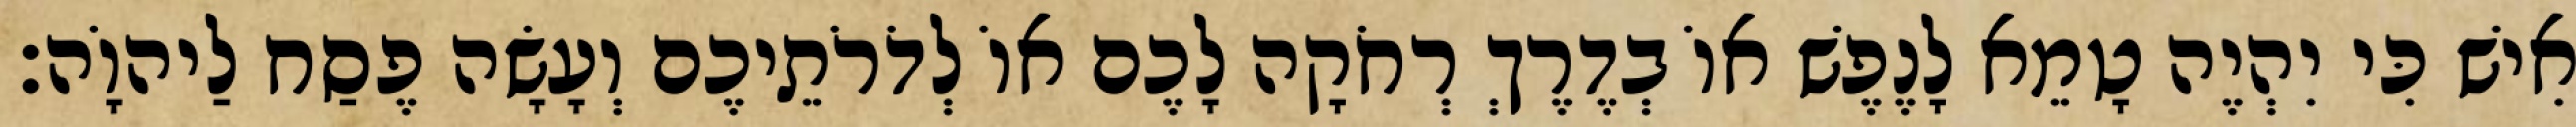
אִישׁ כִּי יִהְיֶה טָמֵא לָנֶפֶשׁ אוֹ בְדֶרֶךְ רְחֹקָה לָכֶם אוֹ לְדֹרֹתֵיכֶם וְעָשָׂה פֶסַח לַיהוָֹה׃